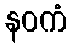
နဝကံ